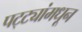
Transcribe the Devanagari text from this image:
पट्ट्यांमधून